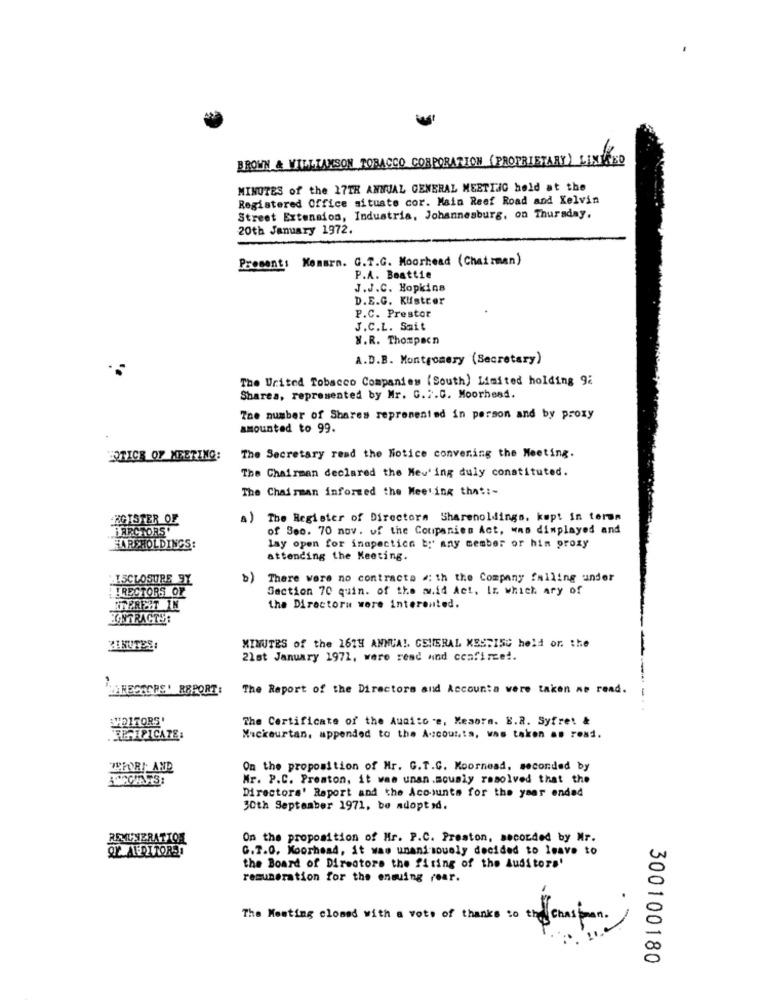
BROWN & WILLIAMSON TOBACCO CORPORATION (PROPRIETARY) LINISED
MINUTES of the 17TH ANNUAL GENERAL MEETING held at the
Registered Office situato cor. Main Reef Road and Kelvin
Street Extension, Industria, Johannesburg, on Thursday,
20th January 1972.
Present: Komarn. G.T.G. Moorhead (Chairman)
P.A. Beattie
J.J.C. Hopkins
D.E.G. Kustrer
P.C. Prestor
J.C.L. Sait
X.R. Thompson
A.D.B. Montgomery (Secretary)
The United Tobacco Companies (South) Limited holding 92
Sharea, represented by Mr. C .:. C. Moorhead.
The number of Shares represented in person and by proxy
amounted to 99.
ERTICE OF MEETING:
The Secretary read the Hotice convening the Meeting.
The Chairman declared the Mev' ing duly constituted.
The Chairman informed the Meeting that :-
AGISTER OF
a)
The Register of Directors Shareholdings, kept in tern
IRRCTORS'
of Se0. 70 nov. of the Coupanies Act, was displayed and
HARPHOLDINGS:
lay open for inspection by' any member or hin proxy
attending the Meeting.
ISCLOSURE 9Y
b)
There were no contracts #: th the Company falling under
Section 70 quin. of the wid Act, Ir. which ary of
! ! RECTORS OF
RTPREST IN
the Directora were interented.
EGYTRACTS:
MINUTES:
MINUTES of the 16TH ANNUAL GENERAL KESTISG held on the
21st January 1972, were read and confirmed.
THECACHE' REPORT:
The Report of the Directors and Accounta were taken ne read.
--..
WDITORS'
The Certificate of the Audito -e, Keaora. E.R. Syfret &
RECIPICATE:
Mackeurtan. appended to the Accounts, was taken an road.
WFORI AND
On the proposition of Mr. G.T.C. Koornead, seconded by
Mr. P.C. Preaton, it was unan.mously resolved that the
Directors' Raport and the Accounts for the year ended
30th September 1971, be adopted.
REMUNERATION
On the proposition of Mr. P.C. Preston, seconded by Mr.
OF AEDITORS!
G.T.O. Moorhead, it was unanimously decided to leave to
the Board of Directors the firing of the Auditors'
remuneration for the ensuing rear.
The Meeting closed with a vote of thanks to the chaseman .
300100180